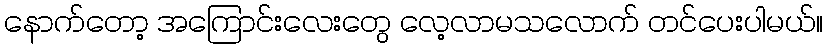
နောက်တော့ အကြောင်းလေးတွေ လေ့လာမသလောက် တင်ပေးပါမယ်။